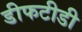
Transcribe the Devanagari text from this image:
डीफटीडी